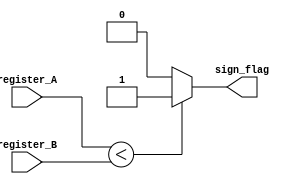
module LT (
    input wire [19:0] register_A, // Input register A
    input wire [19:0] register_B, // Input register B
    output reg sign_flag          // Sign flag output
);

// LT operation
always @(*) begin
    if (register_A < register_B) begin
        sign_flag = 1; // Set sign flag to 1 if register A is less than register B
    end
    else begin
        sign_flag = 0; // Set sign flag to 0 otherwise
    end
end

endmodule